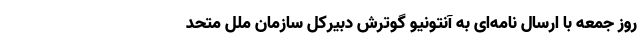
روز جمعه با ارسال نامه‌ای به آنتونیو گوترش دبیرکل سازمان ملل متحد